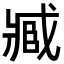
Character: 𮍐